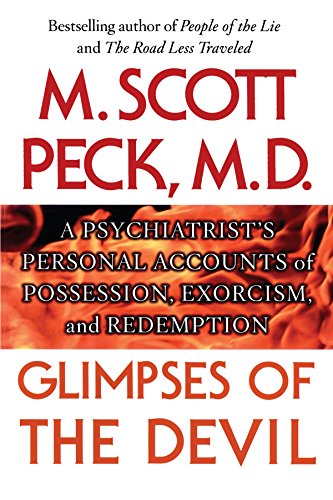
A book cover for Glimpses of the Devil: A Psychiatrist's Personal Accounts of Possession,; M. Scott Peck; Religion & Spirituality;